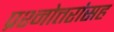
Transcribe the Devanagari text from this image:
प्रश्नोत्तरांसह